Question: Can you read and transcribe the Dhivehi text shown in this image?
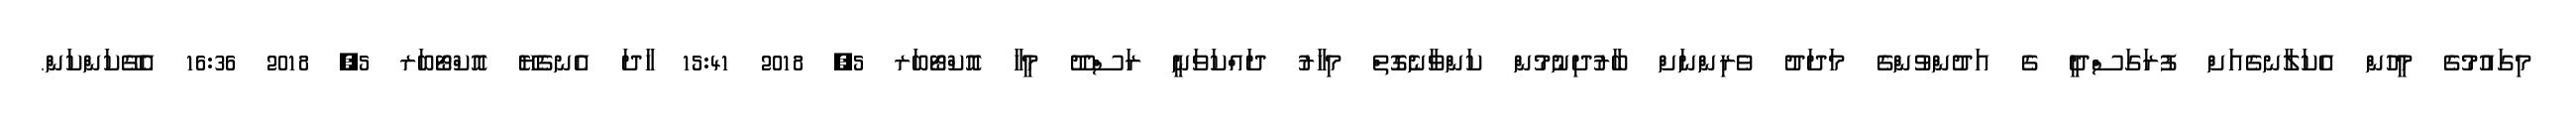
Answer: މިގައުމުގެ މީހުން އެކަލާނގެއަށް ފުރަގަސްދީ ގެ އަދުންވުންގެ މަދަދު ވެރިންނަށް ބާރުދިނުމުން ކަންވާނެގޮތް މިހާރު ދައްކަވަނީ ރަސްދޫ މީހާ އޮކްޓޯބަރ 5, 2018 15:41 ހާދަ އެނގެޔޭ އޮކްޓޯބަރ 5, 2018 16:36 އެގޭކަންކަން.